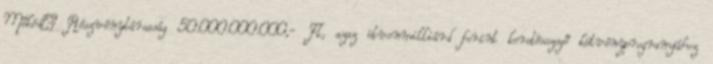
Mőködı Részvénytársaság 50.000.000.000,- Ft, azaz ötvenmilliárd forint keretösszegő kötvényprogramjához